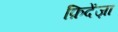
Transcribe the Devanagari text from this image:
फ़िदेंज़ा